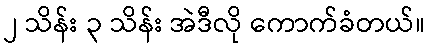
၂ သိန်း ၃ သိန်း အဲဒီလို ကောက်ခံတယ်။